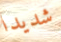
شديدا